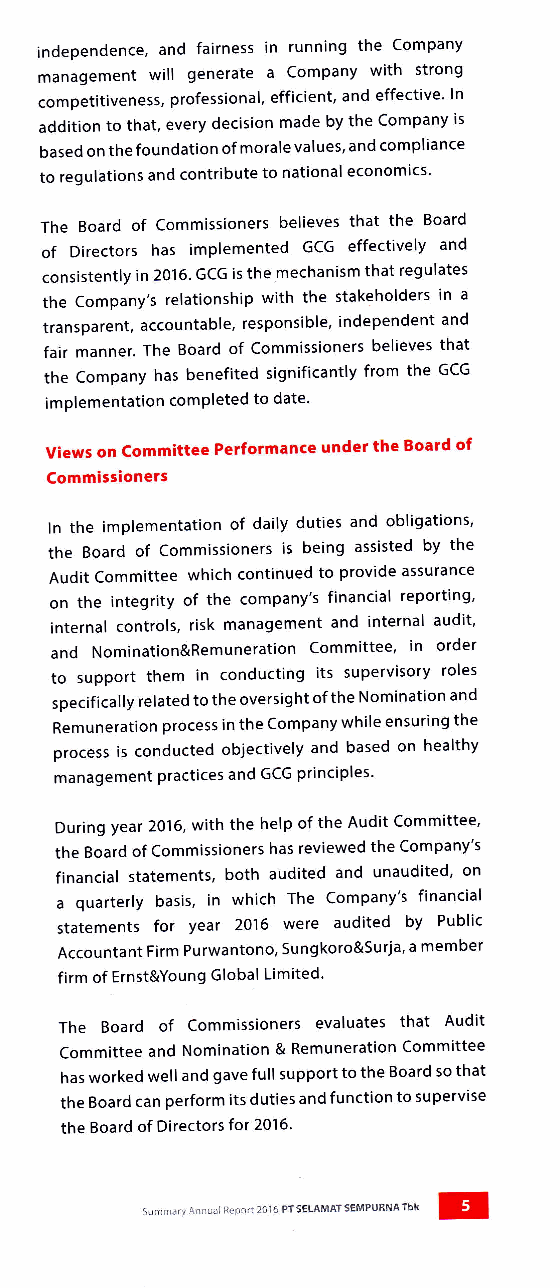
independence, and fairness in running the Company
 management will generate a Company with strong
 competitiveness, professional, efficient, and effective' ln
 addition to that, every decision made by the Company is
 based on the foundation of morale values, and compliance
 to regulations and contribute to national economics'
 The Board of Commissioners believes that the Board
 of Directors has implemented GCG effectively and
 consistently in 2016. GCG is the.mechanism that regulates
 the Company's relationship with the stakeholders in a
 transparent, accountable, responsible, independent and
 fair manner. The Board of Commissioners believes that
 the Company has benefited significantly from the GCG
 implementation completed to date'
 Views on Committee Performance under the Board of
 Commissioners
 ln the implementation of daily duties and obligations'
 the Board of Commissioners is being assisted by the
 Audit Committee which continued to provide assurance
 on the integrity of the company's financial reporting'
 internal controls, risk management and internal audit'
 and Nomination&Remuneration Committee' in order
 to support them in conducting its supervisory roles
 specifically related to the oversight of the Nomination and
 Remuneration process in the Company while ensuring the
 process is conducted objectively and based on healthy
 management practices and GCG principles'
 During year 2016, with the help of the Audit Committee'
 the Board of Commissioners has reviewed the Company's
 financial statements, both audited and unaudited' on
 a quarterly basis, in which The Company's financial
 statements for year 2016 were audited by Public
 Accountant Firm Purwantono, Sungkoro&Surja' a member
 firm of Ernst&Young Global Limited'
 The Board of Commissioners evaluates that Audit
 Committee and Nomination & Remuneration Committee
 has worked well and gave full support to the Board so that
 the Board can perform its duties and function to supervise
 the Board of Directors for 2016.
 sumnrdry Annual Rercrt 2015 PTSELAMATsEMPuiNATbk E